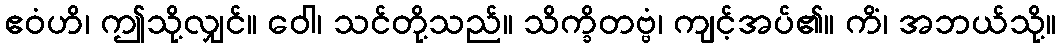
ဧဝံဟိ၊ ဤသို့လျှင်။ ဝေါ၊ သင်တို့သည်။ သိက္ခိတဗ္ဗံ၊ ကျင့်အပ်၏။ ကိံ၊ အဘယ်သို့။